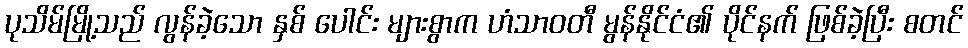
ပုသိမ်မြို့သည် လွန်ခဲ့သော နှစ် ပေါင်း များစွာက ဟံသာဝတီ မွန်နိုင်ငံ၏ ပိုင်နက် ဖြစ်ခဲ့ပြီး စတင်